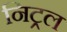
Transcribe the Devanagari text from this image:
निट्रल